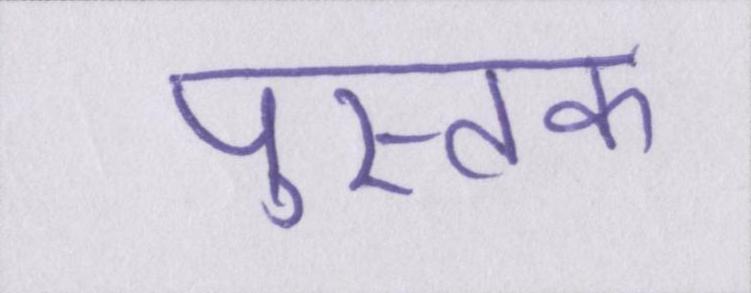
पुस्तक